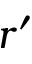
r ^ { \prime }